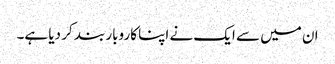
ان میں سے ایک نے اپنا کاروبار بند کر دیا ہے۔